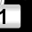
Digit: 1